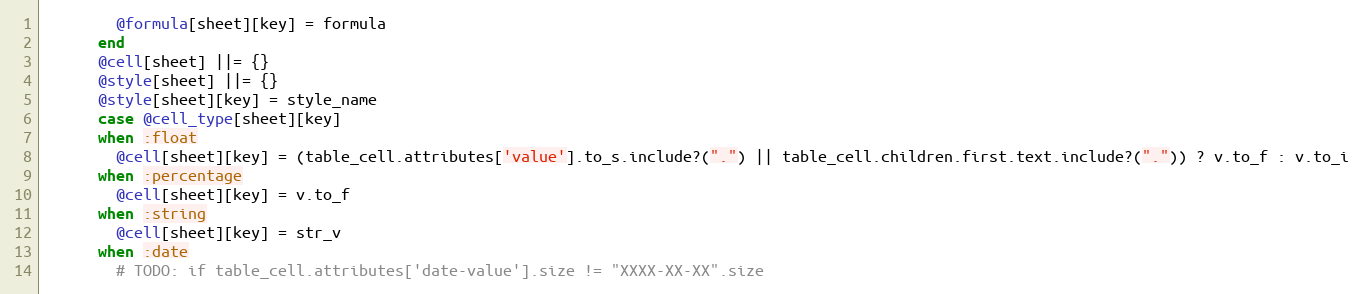
Language: Ruby
        @formula[sheet][key] = formula
      end
      @cell[sheet] ||= {}
      @style[sheet] ||= {}
      @style[sheet][key] = style_name
      case @cell_type[sheet][key]
      when :float
        @cell[sheet][key] = (table_cell.attributes['value'].to_s.include?(".") || table_cell.children.first.text.include?(".")) ? v.to_f : v.to_i
      when :percentage
        @cell[sheet][key] = v.to_f
      when :string
        @cell[sheet][key] = str_v
      when :date
        # TODO: if table_cell.attributes['date-value'].size != "XXXX-XX-XX".size